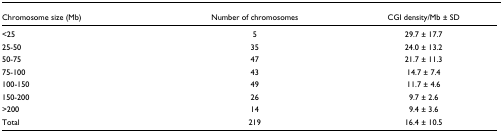
<table><thead><tr><td><b>Chromosome size (Mb)</b></td><td><b>Number of chromosomes</b></td><td><b>CGI density/Mb ± SD</b></td></tr></thead><tbody><tr><td>&lt;25</td><td>5</td><td>29.7 ± 17.7</td></tr><tr><td>25-50</td><td>35</td><td>24.0 ± 13.2</td></tr><tr><td>50-75</td><td>47</td><td>21.7 ± 11.3</td></tr><tr><td>75-100</td><td>43</td><td>14.7 ± 7.4</td></tr><tr><td>100-150</td><td>49</td><td>11.7 ± 4.6</td></tr><tr><td>150-200</td><td>26</td><td>9.7 ± 2.6</td></tr><tr><td>&gt;200</td><td>14</td><td>9.4 ± 3.6</td></tr><tr><td>Total</td><td>219</td><td>16.4 ± 10.5</td></tr></tbody></table>